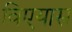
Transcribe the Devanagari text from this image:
विएयास